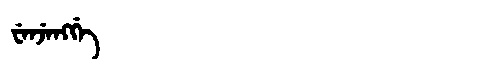
Manchu: ᠸᡝᠨᠵᡝᠩᡤᡝ
Romanization: WENJENGGE